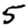
Digit: 5